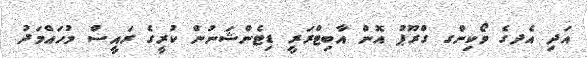
އަދި އެދގެ ވޯކިންގ ގްރޫޕު އޮން އާބިޓްރަރީ ޑިޓެންޝަނުން ކުރީގެ ރައީސް މުހައްމަދު